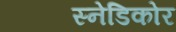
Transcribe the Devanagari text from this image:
स्नेडिकोर